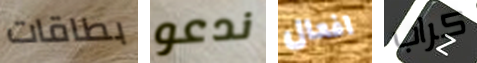
بطاقات ندعو افعال كراب